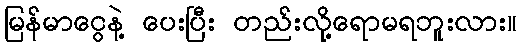
မြန်မာငွေနဲ့ ပေးပြီး တည်းလို့ရောမရဘူးလား။